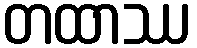
တထာဿ